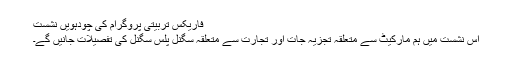
فاریکس تربیتی پروگرام کی چودہویں نشست
اس نشست میں ہم مارکیٹ سے متعلقہ تجزیہ جات اور تجارت سے متعلقہ سگنل پلس سگنل کی تفصیلات جانیں گے۔